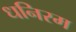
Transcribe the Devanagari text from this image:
धनिरम